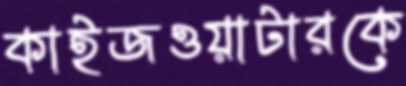
কাইজওয়াটারকে